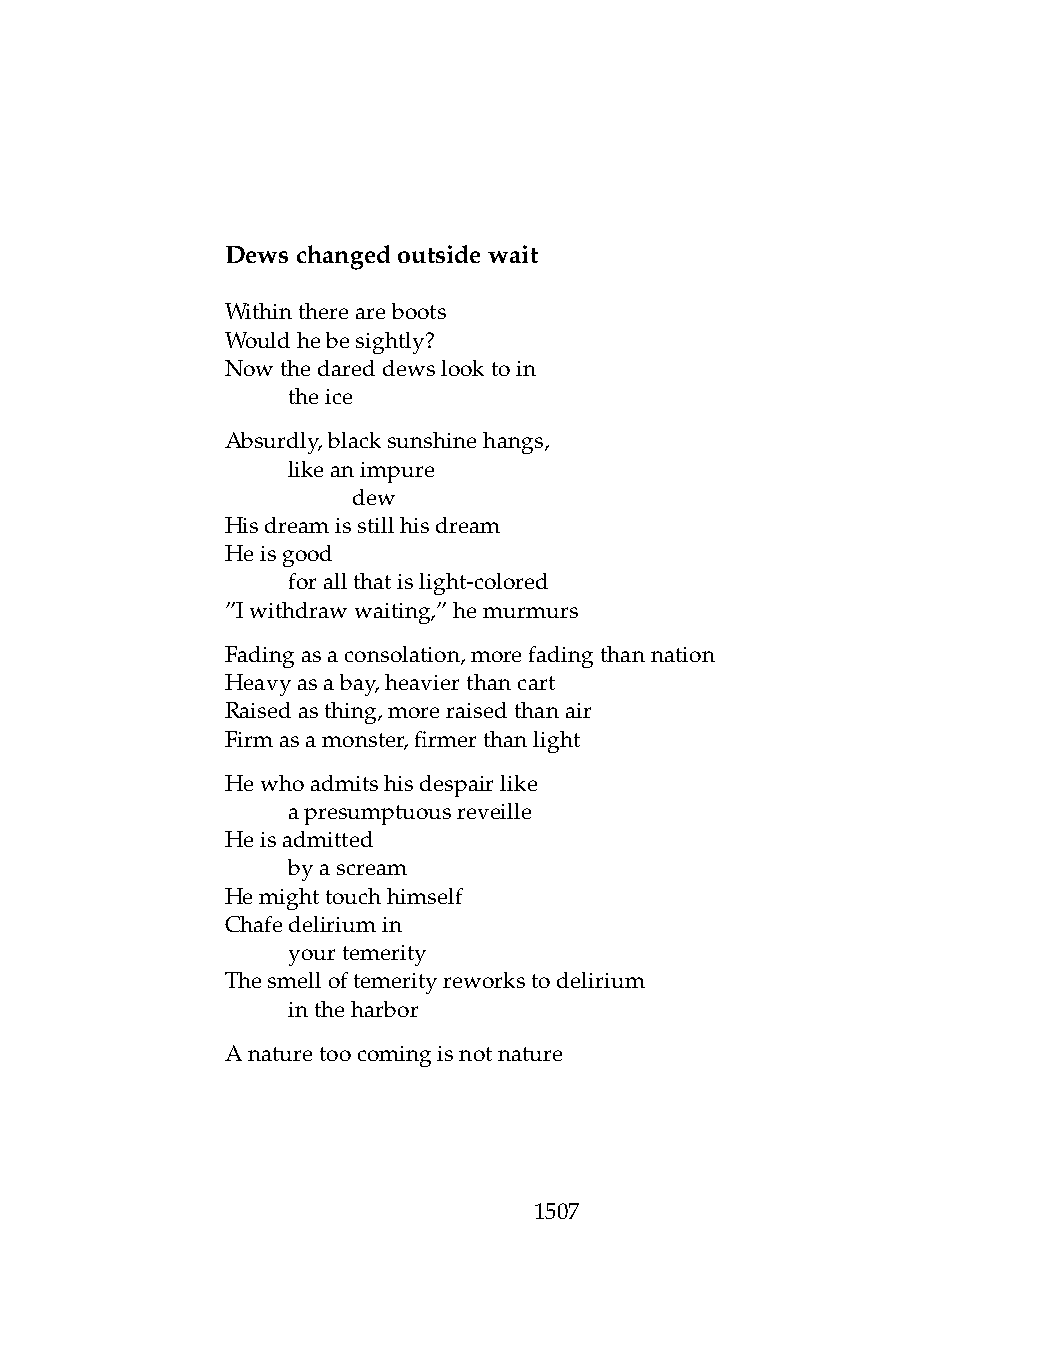
Dewschangedoutsidewait
 Withinthereareboots
 Wouldhebesightly?
 Nowthedareddewslooktoin
 .   theice
 Absurdly,blacksunshinehangs,
 .   likeanimpure
 .   .   dew
 Hisdreamisstillhisdream
 Heisgood
 .   forallthatislight-colored
 ”Iwithdrawwaiting,”hemurmurs
 Fadingasaconsolation,morefadingthannation
 Heavyasabay,heavierthancart
 Raisedasthing,moreraisedthanair
 Firmasamonster,firmerthanlight
 Hewhoadmitshisdespairlike
 .   apresumptuousreveille
 Heisadmitted
 .   byascream
 Hemighttouchhimself
 Chafedeliriumin
 .   yourtemerity
 Thesmelloftemerityreworkstodelirium
 .   intheharbor
 Anaturetoocomingisnotnature
 1507